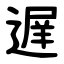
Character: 遅